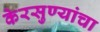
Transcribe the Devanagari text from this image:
केरसुण्यांचा